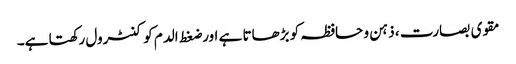
مقوی بصارت ، ذہن و حافظہ کو بڑھاتا ہے اور ضغط الدم کو کنٹرول رکھتا ہے۔